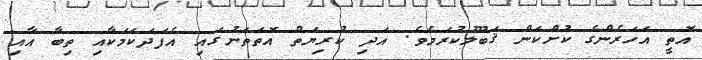
އޮތީ އަހަރެންގެ ކުށްކަން ޤަބޫލުކުރަމެވެ. އަދި ކުރިޔަތް އޮތަތަނުގައި އެފަދަކަމަކާއި ތިބާ އާއި